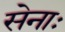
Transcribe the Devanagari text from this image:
सेनाः